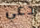
دعي